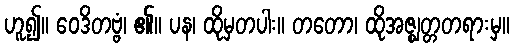
ဟူ၍။ ဝေဒိတဗ္ဗံ၊ ၏။ ပန၊ ထိုမှတပါး။ တတော၊ ထိုအဇ္ဈတ္တတရားမှ။